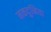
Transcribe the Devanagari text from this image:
मकदुनिया